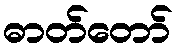
ဓာတ်တော်